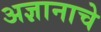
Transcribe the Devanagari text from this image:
अज्ञानाचे